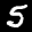
Label: 5